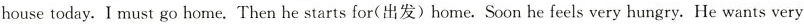
house today. I must go home. Then he starts for(出发)home. Soon he feels very hungry. He wants very